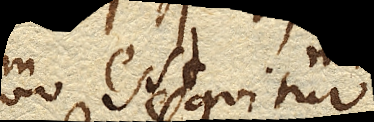
ex quo sequitur